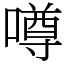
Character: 噂